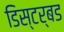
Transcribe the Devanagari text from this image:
डिस्टर्बड